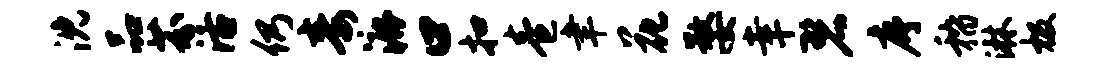
沈品芬活仍毒漉口扣卷聿花婺幸碧序稽淋极